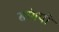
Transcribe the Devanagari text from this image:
सांगपो